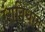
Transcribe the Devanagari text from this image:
रंगविधान